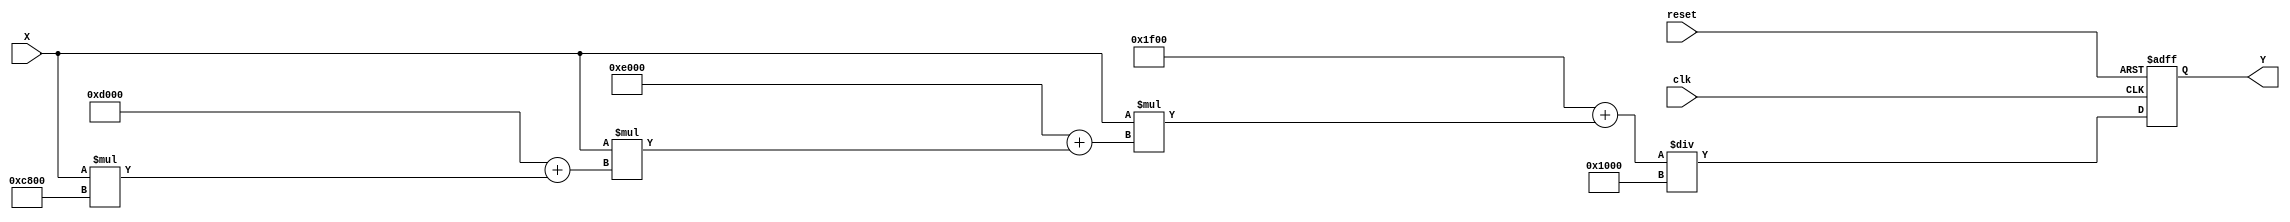
module poly_reciprocal (
    input  wire [15:0] X,      // Input: Fixed-point number (0.0 to 1.0)
    output reg  [15:0] Y,      // Output: Reciprocal of X
    input  wire clk,            // Clock signal
    input  wire reset           // Reset signal
);

// Polynomial coefficients for approximation (example values)
parameter C0 = 16'h1F00; // Coefficient for x^0
parameter C1 = 16'hE000; // Coefficient for x^1
parameter C2 = 16'hD000; // Coefficient for x^2
parameter C3 = 16'hC800; // Coefficient for x^3

reg [15:0] normalized_x;
reg [15:0] polynomial_result;

// Normalization and scaling factors
parameter SHIFT_AMOUNT = 16'h0; // Adjust as necessary for normalization
parameter SCALE_FACTOR = 16'h1000; // Scale factor for output

always @(posedge clk or posedge reset) begin
    if (reset) begin
        Y <= 16'h0000; // Reset output
    end else begin
        // Normalize input (assuming X is in range [0, 1])
        normalized_x = X >> SHIFT_AMOUNT; // Shift to normalize

        // Polynomial evaluation using Horner's method
        polynomial_result = C0 + normalized_x * (C1 + normalized_x * (C2 + normalized_x * C3));

        // Scale the polynomial result
        Y <= polynomial_result / SCALE_FACTOR; // Adjust scaling as necessary
    end
end

endmodule